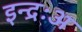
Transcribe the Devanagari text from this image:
इन्द्रःअ